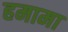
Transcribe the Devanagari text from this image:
हमामा